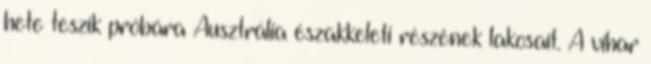
hete teszik próbára Ausztrália északkeleti részének lakosait. A vihar